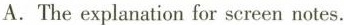
A.The explanation for screen notes.